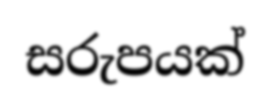
සරුපයක්